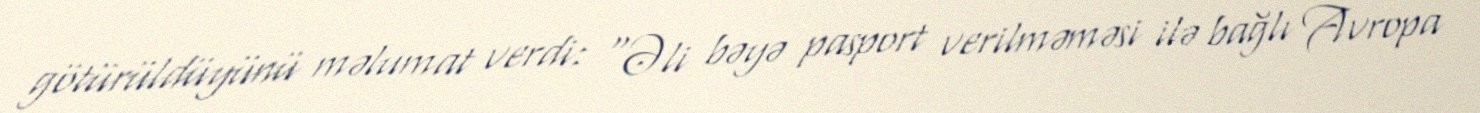
götürüldüyünü məlumat verdi: “Əli bəyə pasport verilməməsi ilə bağlı Avropa